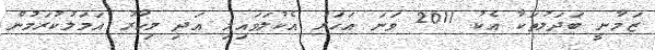
ޒަމާނީ ބަދަލުތަކާ އެކު 2011 ވަނަ އަހަރު އެކުލަވައިލި އަދި މިހާރު އަމަލުކުރަމުން